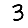
Digit: 3